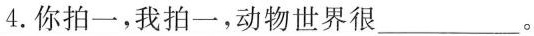
4.你拍一，我拍一，动物世界很___。